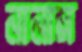
নানার